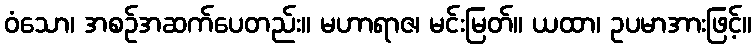
ဝံသော၊ အစဉ်အဆက်ပေတည်း။ မဟာရာဇ၊ မင်းမြတ်။ ယထာ၊ ဥပမာအားဖြင့်။